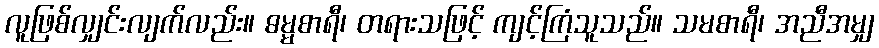
လူဖြစ်လျှင်းလျက်လည်း။ ဓမ္မစာရီ၊ တရားသဖြင့် ကျင့်ကြံသူသည်။ သမစာရီ၊ အညီအမျှ